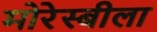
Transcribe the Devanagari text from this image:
मोरेस्बीला